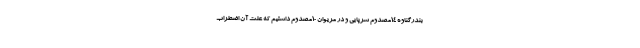
بندرگناوه ١٤مصدوم سرپایی و در مریوان ١٠مصدوم داشتیم که علت آن اضطراب